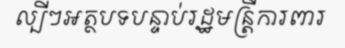
ល្បីៗអត្ថបទបន្ទាប់រដ្ឋមន្ត្រីការពារ